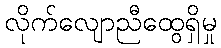
လိုက်လျောညီထွေရှိမှု